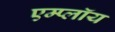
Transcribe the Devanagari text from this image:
एम्प्लॉय